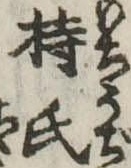
持氏